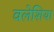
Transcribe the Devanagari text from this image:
वलेशिया